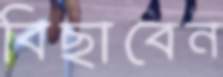
বিছাবেন